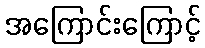
အကြောင်းကြောင့်